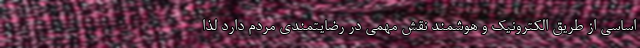
اساسی از طریق الکترونیک و هوشمند نقش مهمی در رضایتمندی مردم دارد لذا